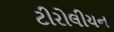
ટીરોલીયન